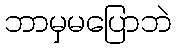
ဘာမှမပြောဘဲ